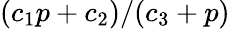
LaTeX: (c_{1}p+c_{2})/(c_{3}+p)